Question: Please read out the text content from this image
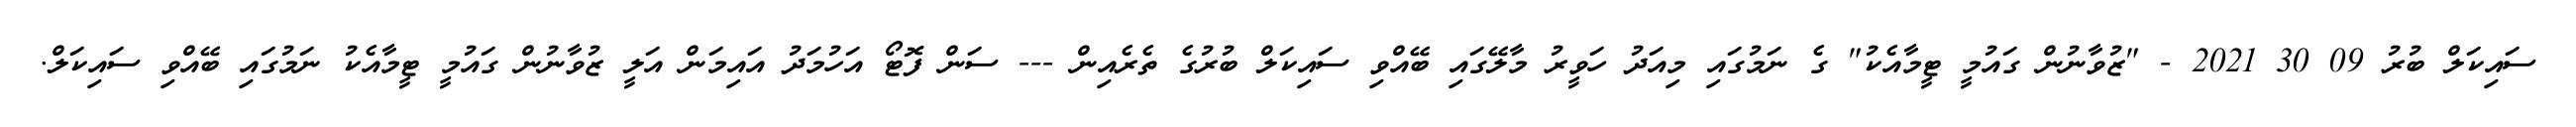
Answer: ސައިކަލް ބުރު 09 30 2021 - "ޒުވާނުން ގައުމީ ޓީމާއެކު" ގެ ނަމުގައި މިއަދު ހަވީރު މާލޭގައި ބޭއްވި ސައިކަލް ބުރުގެ ތެރެއިން --- ސަން ފޮޓޯ އަހުމަދު އައިމަން އަލީ ޒުވާނުން ގައުމީ ޓީމާއެކު ނަމުގައި ބޭއްވި ސައިކަލް.